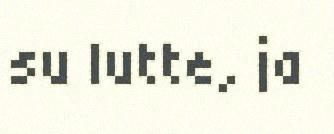
su lutte, ja